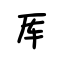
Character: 厍